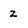
Character: z